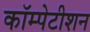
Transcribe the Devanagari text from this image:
कॉम्पेटीशन